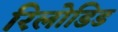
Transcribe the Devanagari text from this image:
रिलोडिड